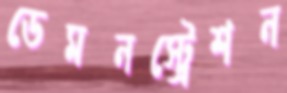
ডেমনস্ট্রেশন